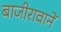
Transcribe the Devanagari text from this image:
बाजीरावानें